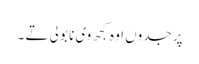
پر جدوں اوہ کجھ وی نا بولی تے ۔